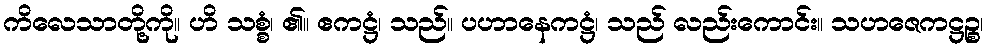
ကိလေသာတို့ကို။ ဟိ သစ္စံ၊ ၏။ ဧကဋ္ဌံ၊ သည်။ ပဟာနေကဋ္ဌံ၊ သည် လည်းကောင်း။ သဟဇေကဋ္ဌဉ္စ၊